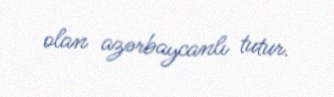
olan azərbaycanlı tutur.